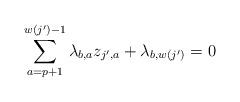
LaTeX: \begin{align*}\sum_{a=p+1}^{w(j^\prime)-1}\lambda_{b,a}z_{j^\prime,a} + \lambda_{b,w(j^\prime)} = 0\end{align*}